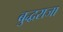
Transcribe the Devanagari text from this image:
बुद्धराजा